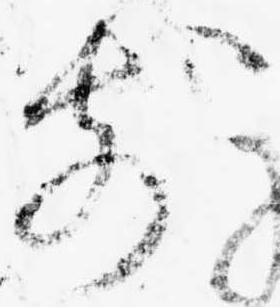
前